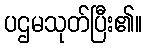
ပဌမသုတ်ပြီး၏။